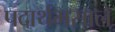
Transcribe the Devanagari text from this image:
पदार्थमसाले